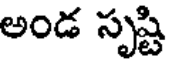
అండ సృష్టి